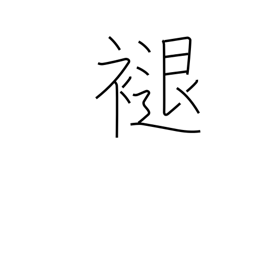
Meaning: discolour